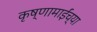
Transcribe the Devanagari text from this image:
कृष्णामाईंच्या